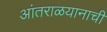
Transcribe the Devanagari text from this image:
आंतराळयानाची